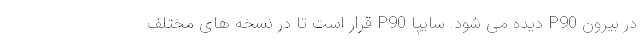
در بیرون P90 دیده می شود. سایپا P90 قرار است تا در نسخه های مختلف